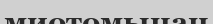
миотомынан